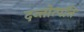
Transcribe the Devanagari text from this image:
दन्तोत्पत्ति